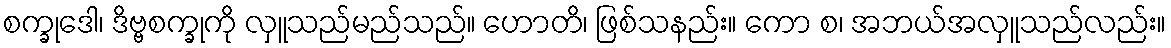
စက္ခုဒေါ၊ ဒိဗ္ဗစက္ခုကို လှူသည်မည်သည်။ ဟောတိ၊ ဖြစ်သနည်း။ ကော စ၊ အဘယ်အလှူသည်လည်း။